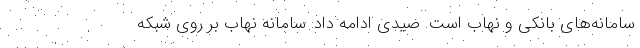
سامانه‌های بانکی و نهاب است. صیدی ادامه داد: سامانه نهاب بر روی شبکه